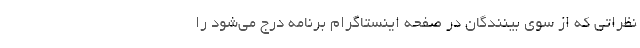
نظراتی که از سوی بینندگان در صفحه اینستاگرام برنامه درج می‌شود را